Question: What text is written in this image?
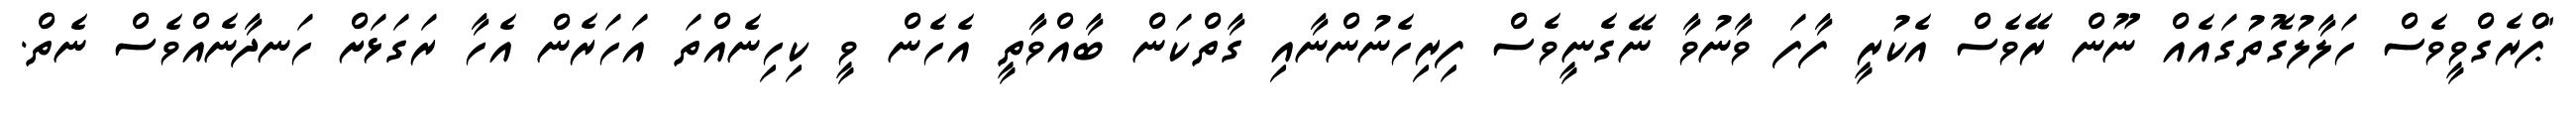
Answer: "ޕްރެގްވީވެސް ހަލާލުގޮތުގައެއް ނޫން ރޭވެސް އެކުރީ ފާފަ ވާނުވާ ނޭގެނީވެސް ފިރިހެނުންނާއި ގާތްކަން ބާއްވާތީ އެހެން ވީ ކިހިނެއްތަ އަހަރެން އެހާ ރަގަޅަށް ހަނދާނެއްވެސް ނެތް.